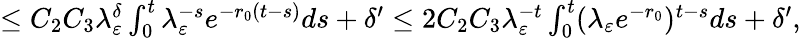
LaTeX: \begin{array}{r}{\le C_{2}C_{3}\lambda_{\varepsilon}^{\delta}\int_{0}^{t}\lambda_{\varepsilon}^{-s}e^{-r_{0}(t-s)}ds+\delta^{\prime}\le 2C_{2}C_{3}\lambda_{\varepsilon}^{-t}\int_{0}^{t}(\lambda_{\varepsilon}e^{-r_{0}})^{t-s}ds+\delta^{\prime},}\end{array}